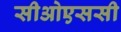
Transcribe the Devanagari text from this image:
सीओएससी